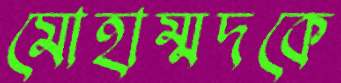
মোহাম্মদকে